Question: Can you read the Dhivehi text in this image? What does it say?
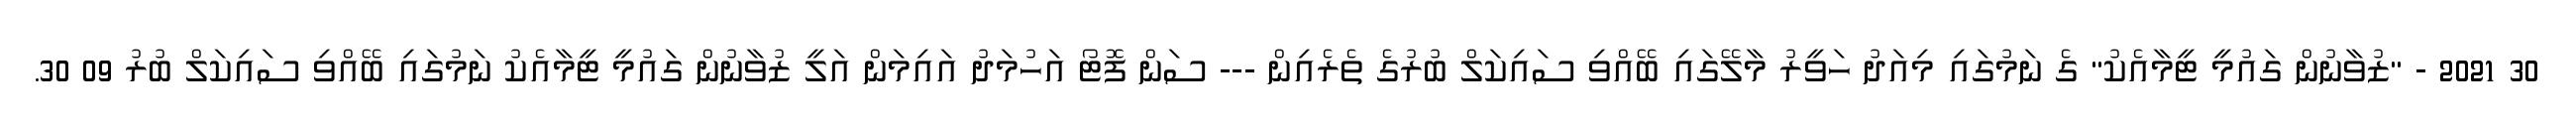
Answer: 30 2021 - "ޒުވާނުން ގައުމީ ޓީމާއެކު" ގެ ނަމުގައި މިއަދު ހަވީރު މާލޭގައި ބޭއްވި ސައިކަލް ބުރުގެ ތެރެއިން --- ސަން ފޮޓޯ އަހުމަދު އައިމަން އަލީ ޒުވާނުން ގައުމީ ޓީމާއެކު ނަމުގައި ބޭއްވި ސައިކަލް ބުރު 09 30.